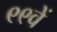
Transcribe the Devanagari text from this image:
९९वें